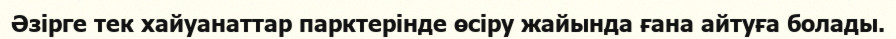
Әзірге тек хайуанаттар парктерінде өсіру жайында ғана айтуға болады.